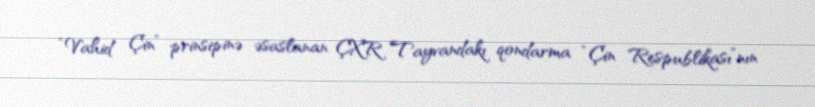
“Vahid Çin” prinsipinə əsaslanan ÇXR Tayvandakı qondarma “Çin Respublikası”nın